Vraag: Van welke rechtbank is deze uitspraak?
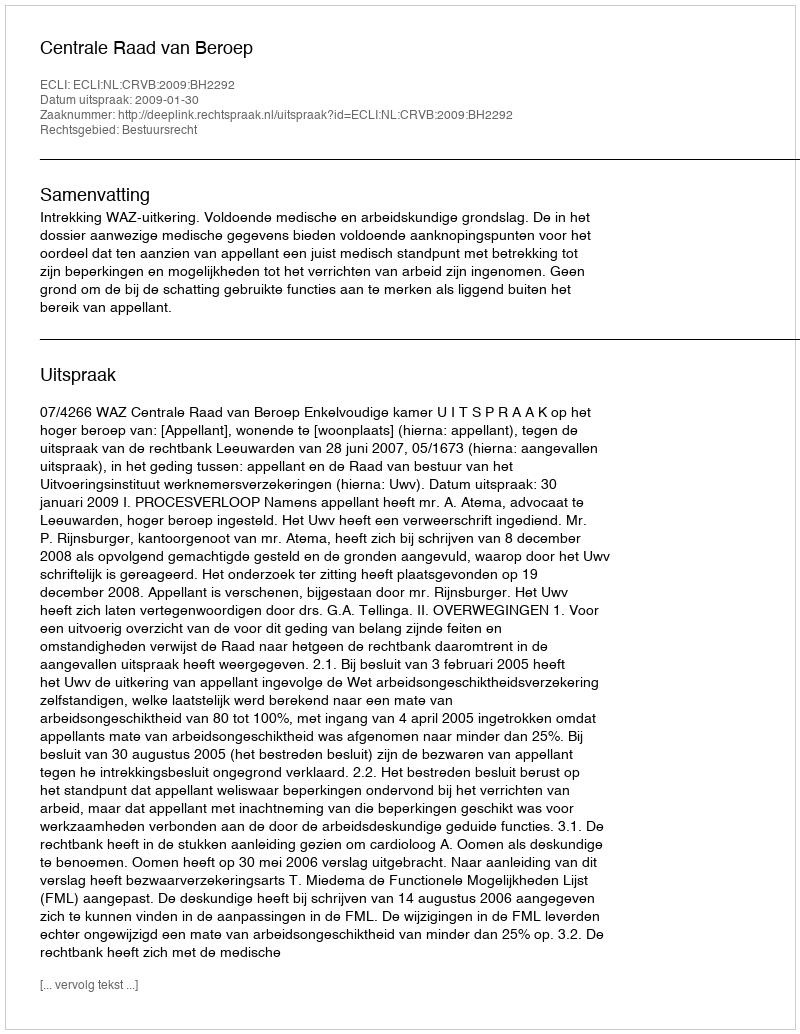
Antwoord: Centrale Raad van Beroep